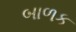
બાળક